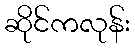
ဆိုင်ကလုန်း